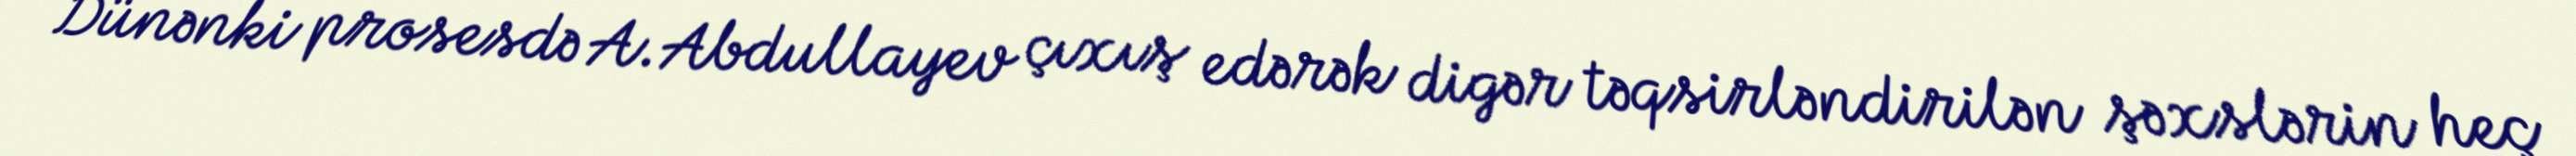
Dünənki prosesdə A.Abdullayev çıxış edərək digər təqsirləndirilən şəxslərin heç